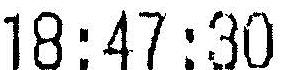
18:47:30